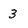
Character: 3